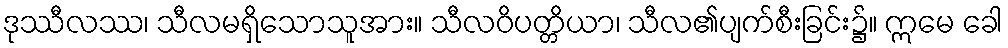
ဒုဿီလဿ၊ သီလမရှိသောသူအား။ သီလဝိပတ္တိယာ၊ သီလ၏ပျက်စီးခြင်း၌။ ဣမေ ခေါ